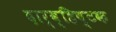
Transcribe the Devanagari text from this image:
दार्व्हिष्टक